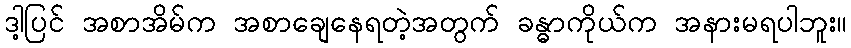
ဒါ့ပြင် အစာအိမ်က အစာချေနေရတဲ့အတွက် ခန္ဓာကိုယ်က အနားမရပါဘူး။